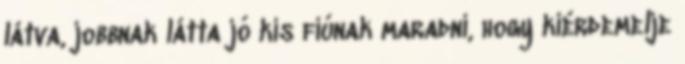
látva, jobbnak látta jó kis fiúnak maradni, hogy kiérdemelje